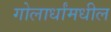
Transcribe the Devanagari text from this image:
गोलार्धांमधील